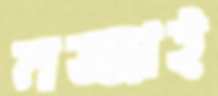
মজ্জাই